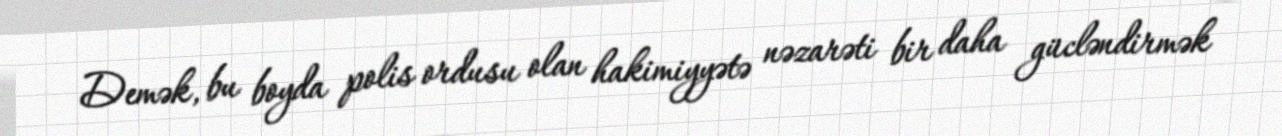
Demək, bu boyda polis ordusu olan hakimiyyətə nəzarəti bir daha gücləndirmək